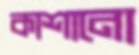
কাশানো